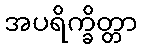
အပရိက္ခိတ္တာ